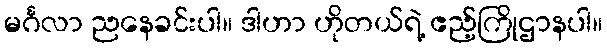
မင်္ဂလာ ညနေခင်းပါ။ ဒါဟာ ဟိုတယ်ရဲ့ ဧည့်ကြိုဌာနပါ။